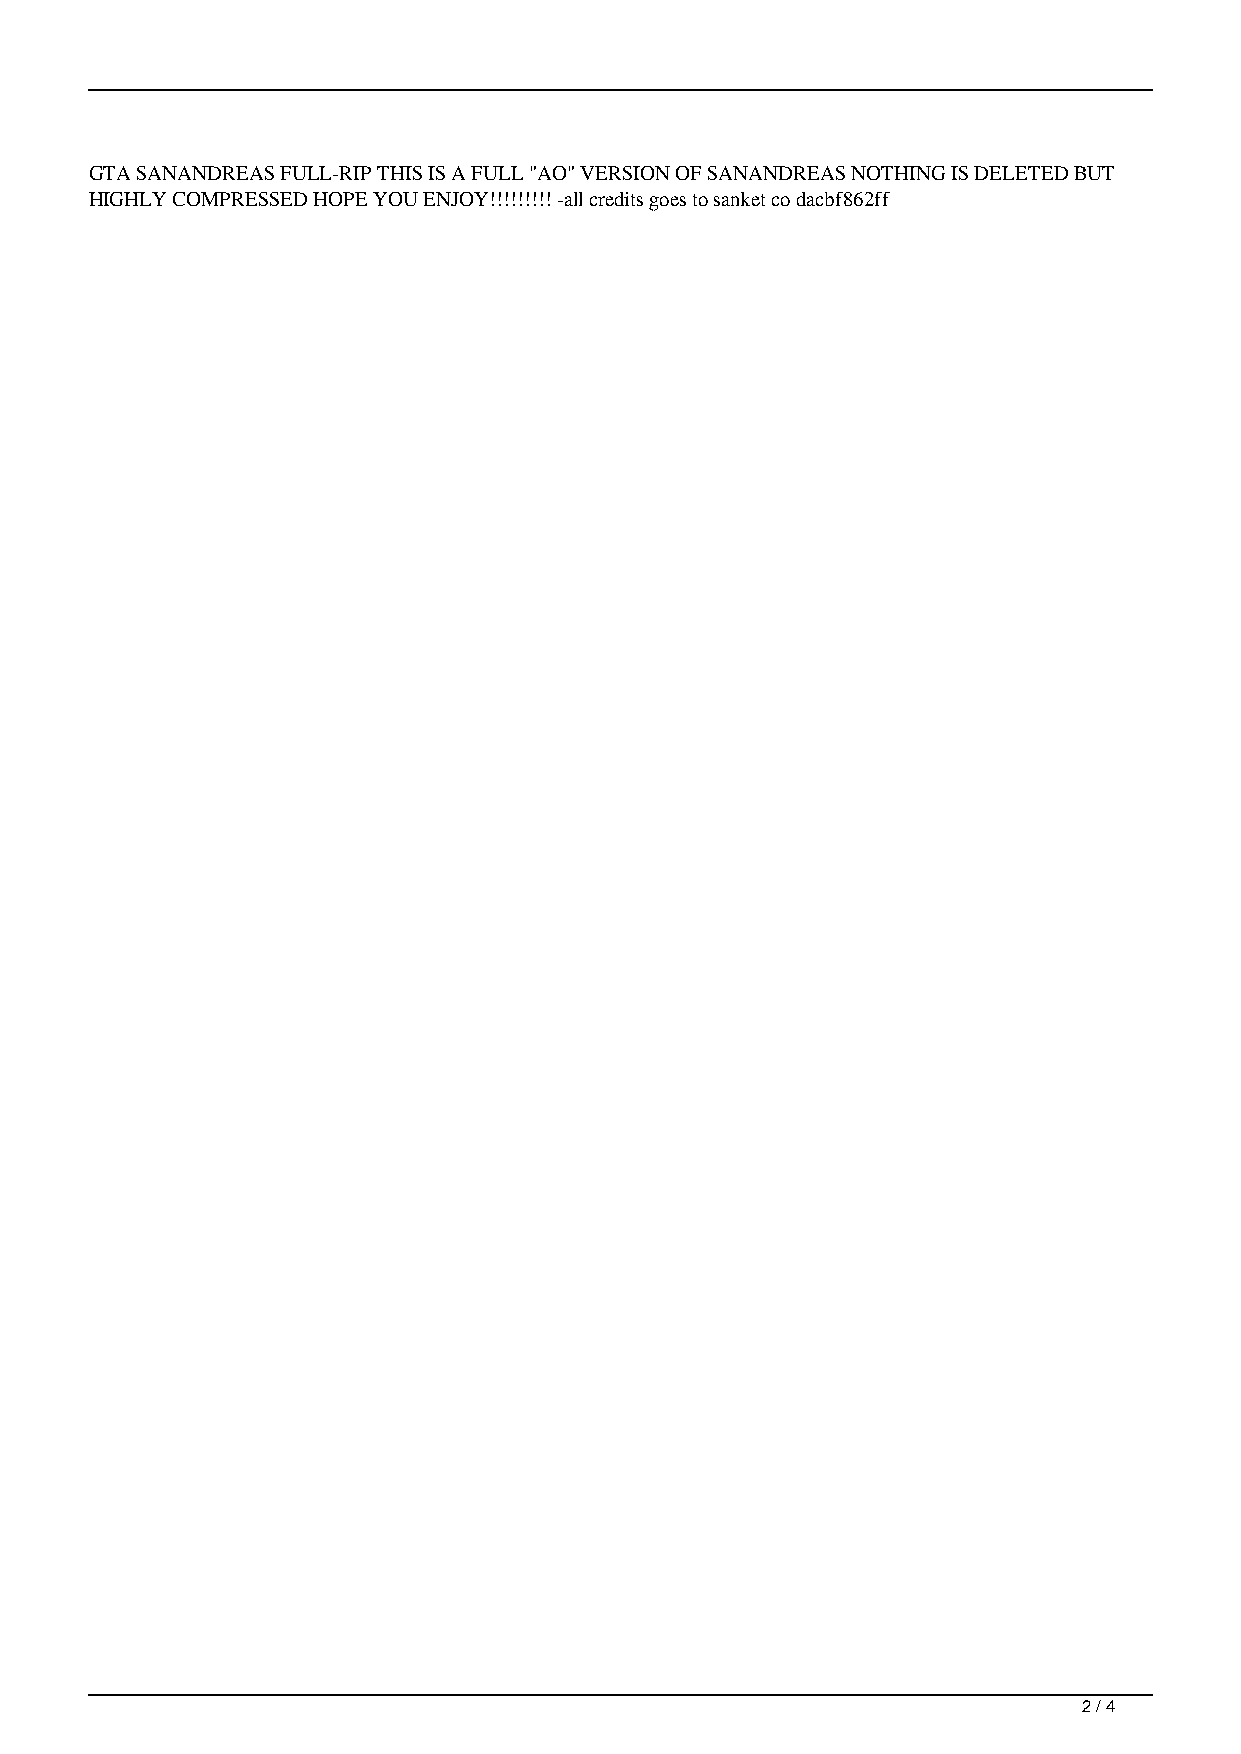
GTA SANANDREAS FULL-RIP THIS IS A FULL "AO" VERSION OF SANANDREAS NOTHING IS DELETED BUT
 HIGHLY COMPRESSED HOPE YOU ENJOY!!!!!!!!! -all credits goes to sanket co dacbf862ff
 2 / 4